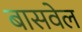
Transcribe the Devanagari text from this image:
बासवेल